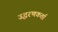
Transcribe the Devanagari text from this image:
उद्धरणकर्ता